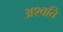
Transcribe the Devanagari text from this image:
अश्वति